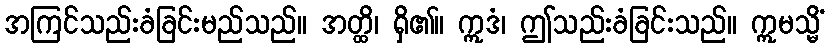
အကြင်သည်းခံခြင်းမည်သည်။ အတ္ထိ၊ ရှိ၏။ ဣဒံ၊ ဤသည်းခံခြင်းသည်။ ဣမသ္မိံ